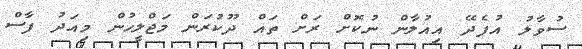
ސުވާލު އުފެދޭ އިއުލާން ނުކޮށް ރަށް ތައް ދޫކުރަން މަޖްލީހުން މިިއަދު ފާސް